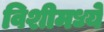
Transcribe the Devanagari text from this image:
विशीमध्ये